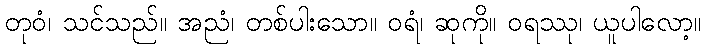
တုဝံ၊ သင်သည်။ အညံ၊ တစ်ပါးသော။ ဝရံ၊ ဆုကို။ ဝရဿု၊ ယူပါလော့။